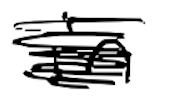
Text: in
Cross-out: scratch
Writing tool: digital_black